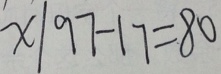
x \vert 9 7 - 1 7 = 8 0